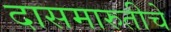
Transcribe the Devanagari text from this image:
दासमारुतीचे